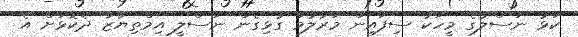
ކަޅު ނަސްލުގެ މީހަކު ސިފައިން މަރާލުމާ ގުޅިގެން ނަސްލީ އިމްތިޔާޒާ ދެކޮޅަށް އެ